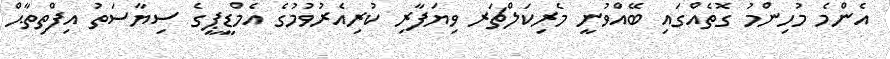
އެންމެ މުހިންމު ގޮތެއްގައި ބޭއްވުނީ މެރިކަލްޗަރ ވިޔަފާރި ކުރިއެރުވުމުގެ އެމްޑީޕީގެ ސިޔާސަތު އިފްތިތާޙް